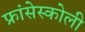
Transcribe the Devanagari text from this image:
फ्रांसेस्कोली